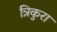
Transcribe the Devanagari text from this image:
त्रिकुरा